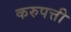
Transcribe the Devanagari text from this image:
करुपत्ती